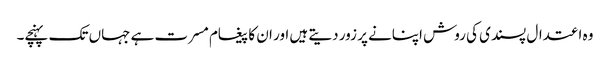
وہ اعتدال پسندی کی روش اپنانے پر زور دیتے ہیں اور ان کا پیغام مسرت ہے جہاں تک پہنچے۔